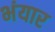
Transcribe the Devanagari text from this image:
भंयार